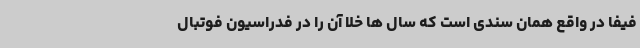
فیفا در واقع همان سندی است که سال ها خلا آن را در فدراسیون فوتبال